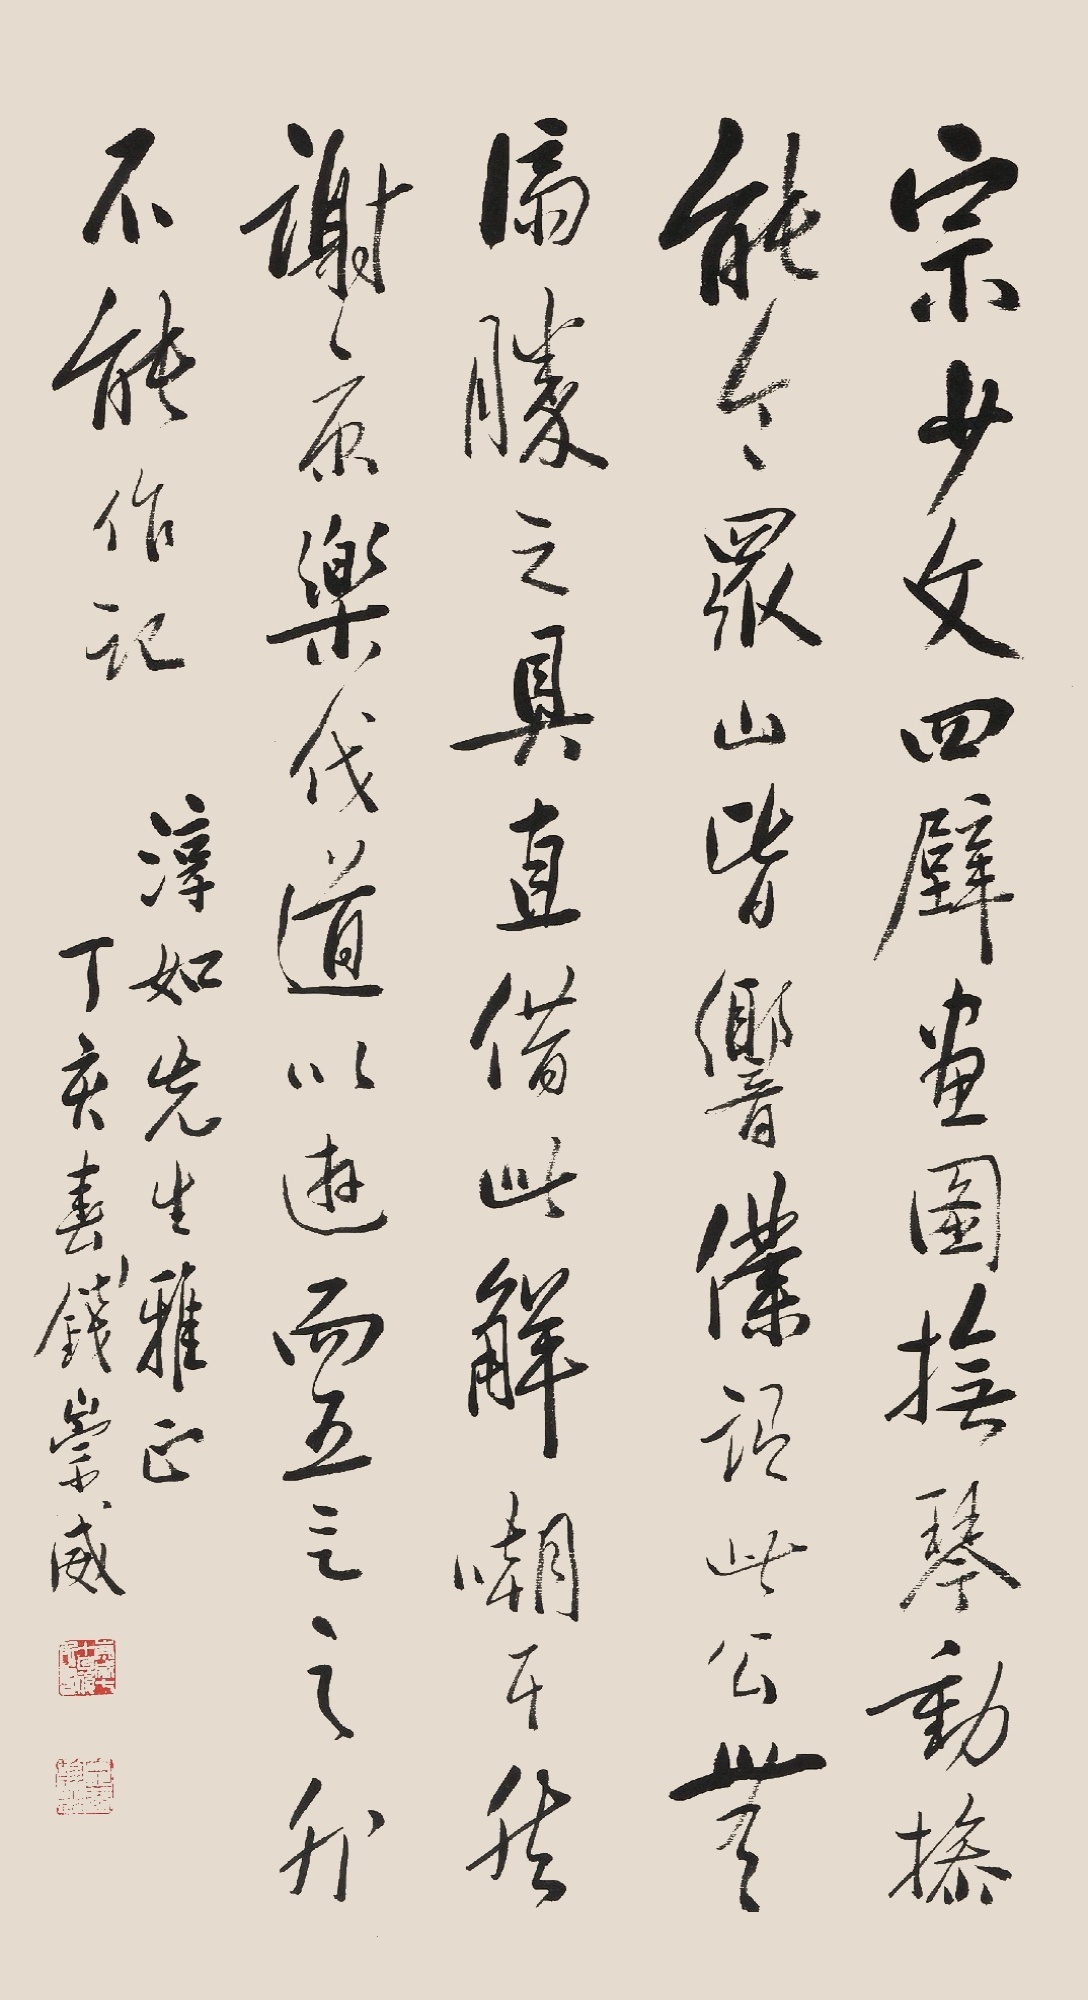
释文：宗少文四壁画图抚琴动掺，能令众山皆响，仆谓此公无济胜之，具直借此解嘲耳然，谢京乐伐道以游，而五言之外不能作记。淳如先生雅正，丁亥春钱崇威。